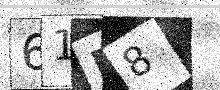
Text: 61F8